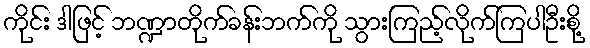
ကိုင်း ဒါဖြင့် ဘဏ္ဍာတိုက်ခန်းဘက်ကို သွားကြည့်လိုက်ကြပါဦးစို့